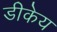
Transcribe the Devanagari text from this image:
डीकेय